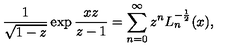
\frac 1 { \sqrt { 1 - z } } \exp \frac { x z } { z - 1 } = \sum _ { n = 0 } ^ { \infty } z ^ { n } L _ { n } ^ { - \frac 1 2 } ( x ) ,